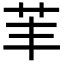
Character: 䒠